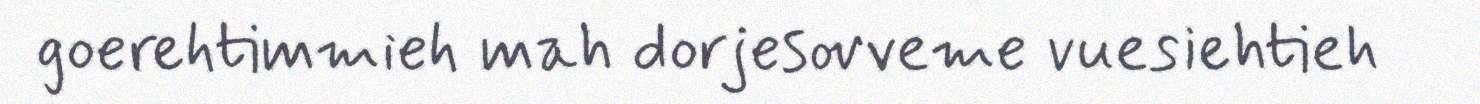
goerehtimmieh mah dorjesovveme vuesiehtieh